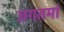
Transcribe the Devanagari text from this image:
जगतमां